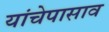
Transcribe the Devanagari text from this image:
यांचेपासाव